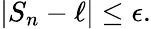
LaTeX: \left\vert S_{n}-\ell\right\vert\leq\epsilon.